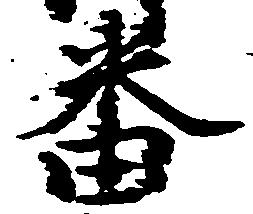
番